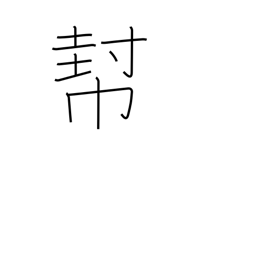
Meaning: help